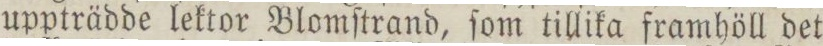
uppträdde lektor Blomſtrand, ſom tillika framhöll det